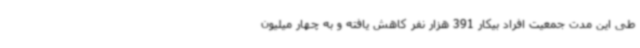
طی این مدت جمعیت افراد بیکار 391 هزار نفر کاهش یافته و به چهار میلیون